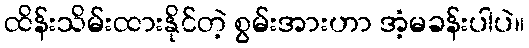
ထိန်းသိမ်းထားနိုင်တဲ့ စွမ်းအားဟာ အံ့မခန်းပါပဲ။